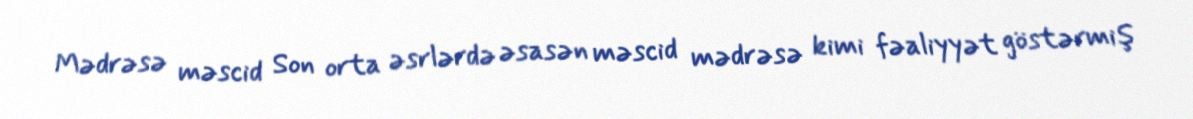
Mədrəsə məscid Son orta əsrlərdə əsasən məscid mədrəsə kimi fəaliyyət göstərmiş